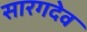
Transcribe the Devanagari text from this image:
सारगदेव